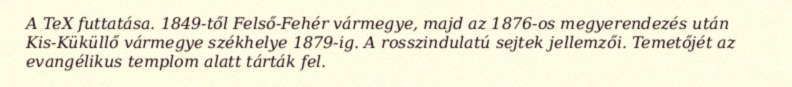
A TeX futtatása. 1849-től Felső-Fehér vármegye, majd az 1876-os megyerendezés után Kis-Küküllő vármegye székhelye 1879-ig. A rosszindulatú sejtek jellemzői. Temetőjét az evangélikus templom alatt tárták fel.